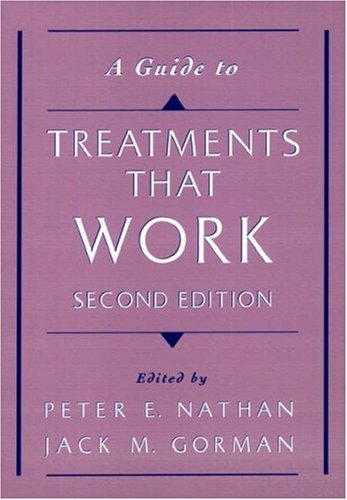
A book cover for A Guide To Treatments that Work; Medical Books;